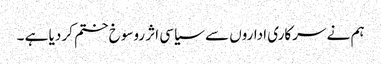
ہم نے سرکاری اداروں سے سیاسی اثر روسوخ ختم کر دیا ہے ۔